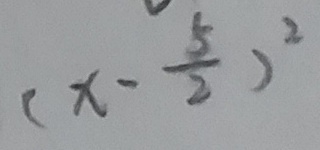
( x - \frac { 5 } { 2 } ) ^ { 2 }